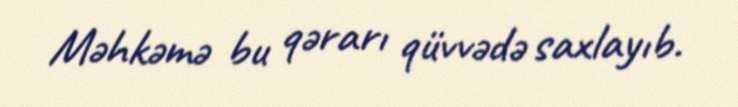
Məhkəmə bu qərarı qüvvədə saxlayıb.